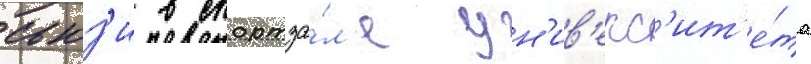
сьюз'и в спортза́л'е ун'ив'ерс'ит'е́та